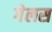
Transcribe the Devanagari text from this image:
गेलस